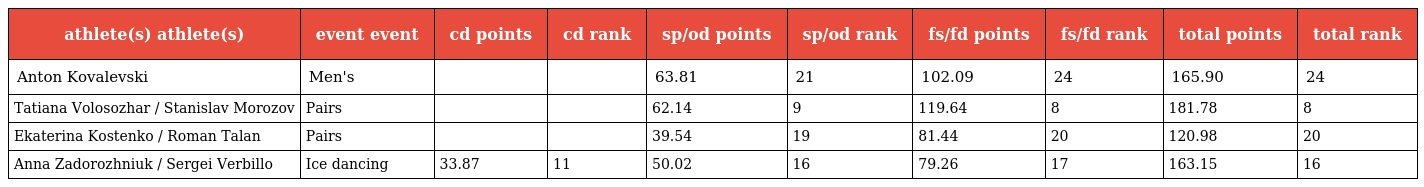
| athlete(s) athlete(s) | event event | cd points | cd rank | sp/od points | sp/od rank | fs/fd points | fs/fd rank | total points | total rank |
 | --- | --- | --- | --- | --- | --- | --- | --- | --- | --- |
 | Anton Kovalevski | Men's |  |  | 63.81 | 21 | 102.09 | 24 | 165.90 | 24 |
 | Tatiana Volosozhar / Stanislav Morozov | Pairs |  |  | 62.14 | 9 | 119.64 | 8 | 181.78 | 8 |
 | Ekaterina Kostenko / Roman Talan | Pairs |  |  | 39.54 | 19 | 81.44 | 20 | 120.98 | 20 |
 | Anna Zadorozhniuk / Sergei Verbillo | Ice dancing | 33.87 | 11 | 50.02 | 16 | 79.26 | 17 | 163.15 | 16 |